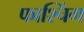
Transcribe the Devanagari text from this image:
फाश्चिंग